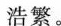
浩繁。